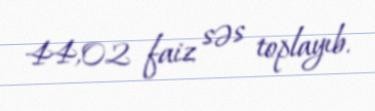
44,02 faiz səs toplayıb.